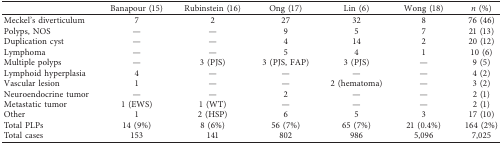
<table><thead><tr><td><b> </b></td><td><b>Banapour (15)</b></td><td><b>Rubinstein (16)</b></td><td><b>Ong (17)</b></td><td><b>Lin (6)</b></td><td><b>Wong (18)</b></td><td><b><i>n</i> (%)</b></td></tr></thead><tbody><tr><td>Meckel&#x27;s diverticulum</td><td>7</td><td>2</td><td>27</td><td>32</td><td>8</td><td>76 (46)</td></tr><tr><td>Polyps, NOS</td><td>—</td><td>—</td><td>9</td><td>5</td><td>7</td><td>21 (13)</td></tr><tr><td>Duplication cyst</td><td>—</td><td>—</td><td>4</td><td>14</td><td>2</td><td>20 (12)</td></tr><tr><td>Lymphoma</td><td>—</td><td>—</td><td>5</td><td>4</td><td>1</td><td>10 (6)</td></tr><tr><td>Multiple polyps</td><td>—</td><td>3 (PJS)</td><td>3 (PJS, FAP)</td><td>3 (PJS)</td><td>—</td><td>9 (5)</td></tr><tr><td>Lymphoid hyperplasia</td><td>4</td><td>—</td><td>—</td><td>—</td><td>—</td><td>4 (2)</td></tr><tr><td>Vascular lesion</td><td>1</td><td>—</td><td>—</td><td>2 (hematoma)</td><td>—</td><td>3 (2)</td></tr><tr><td>Neuroendocrine tumor</td><td>—</td><td>—</td><td>2</td><td>—</td><td>—</td><td>2 (1)</td></tr><tr><td>Metastatic tumor</td><td>1 (EWS)</td><td>1 (WT)</td><td>—</td><td>—</td><td>—</td><td>2 (1)</td></tr><tr><td>Other</td><td>1</td><td>2 (HSP)</td><td>6</td><td>5</td><td>3</td><td>17 (10)</td></tr><tr><td>Total PLPs</td><td>14 (9%)</td><td>8 (6%)</td><td>56 (7%)</td><td>65 (7%)</td><td>21 (0.4%)</td><td>164 (2%)</td></tr><tr><td>Total cases</td><td>153</td><td>141</td><td>802</td><td>986</td><td>5,096</td><td>7,025</td></tr></tbody></table>